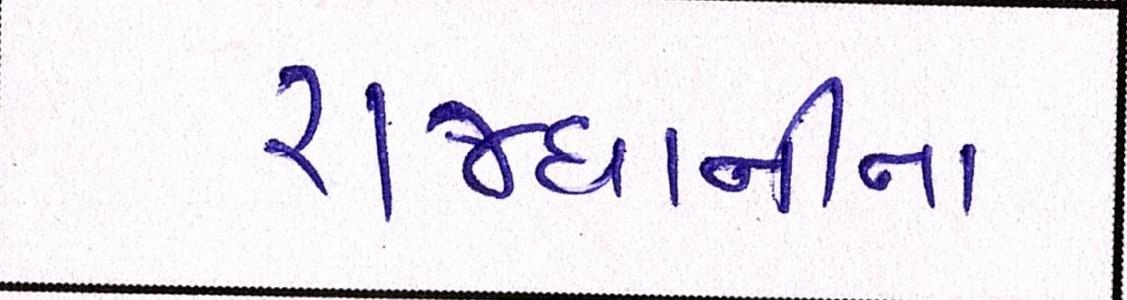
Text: રાજધાનીના